Annual administration report of the Civil Veterinary Department of India - 1894-1895
Year: 1894
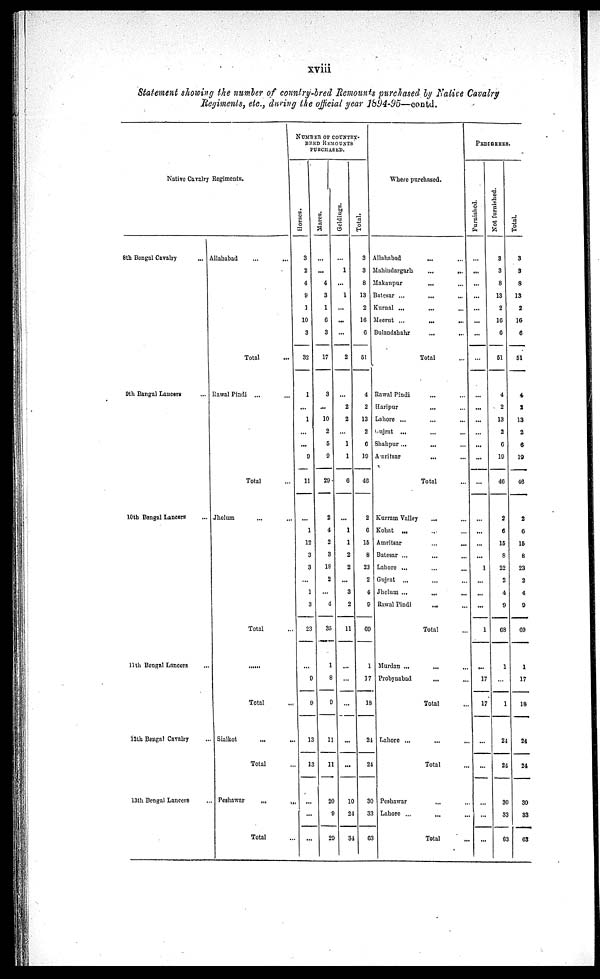
xviii
Statement showing the number of country-bred Remounts purchased by Native Cavalry
Regiments, etc., during the official year 1894-95—contd.
Native Cavalry Regiments.
8th Bengal Cavalry ...
9th Bangal Lancers ...
10th Bengal Lancers ...
11th Bengal Lancers ...
12th Bengal Cavalry ...
13th Bengal Lancers ...
Allahabad ... ...
Total ...
Rawal Pindi ... ...
Total ...
Jhelum ... ...
Total ...
......
Total ...
Sialkot ... ...
Total ...
Peshawar
...
...
Total ...
NUMBER OF COUNTRY¬
BRED REMOUNTS
PURCHASED.
Hor s es .
3
2
4
9
1
10
3
32
1
...
1
...
...
9
11
...
1
12
3
3
...
1
3
23
...
9
9
13
13
...
...
...
Mar es .
...
...
4
3
1
6
3
17
3
...
10
2
5
9
29
2
4
2
3
18
2
...
4
35
1
8
9
11
11
20
9
29
Gel di ngs .
...
1
...
1
...
...
...
2
...
2
2
...
1
1
6
...
1
1
2
2
...
3
2
11
...
...
...
...
...
10
24
34
Total.
3
3
8
13
2
16
6
51
4
2
13
2
6
19
46
2
6
15
8
23
2
4
9
69
1
17
18
24
24
30
33
63
Where purchased.
Allahabad
Mahindargarh
Makanpur
Batesar ...
Kurnal ...
Meerut ...
Bulandshahr
Rawal Pindi
Haripur
Lahore ...
Gujrat ...
Shahpur ...
Amritsar
Kurram Valley
Kohat ...
Amritsar
Batesar ...
Lahore ...
Gujrat ...
Jhelum ...
Rawal Pindi
Murdan ...
Probynabad
Lahore ...
Peshawar
Lahore ...
... ...
... ...
... ...
... ...
... ...
... ...
... ...
Total ...
... ...
... ...
... ...
... ...
... ...
... ...
Total ...
... ...
... ...
... ...
... ...
... ...
... ...
... ...
... ...
Total ...
... ...
... ...
Total ...
... ...
Total ...
... ...
... ...
Total ...
PEDIGREES.
Furnished.
...
...
...
...
...
...
...
...
...
...
...
...
...
...
...
...
...
...
...
1
...
...
...
1
...
17
17
...
...
...
...
...
Not furnished.
3
3
8
13
2
16
6
51
4
2
13
2
6
19
46
2
6
15
8
22
2
4
9
68
1
...
1
24
24
30
33
63
Tot al .
3
3
8
13
2
16
6
51
4
2
13
2
6
19
46
2
6
15
8
23
2
4
9
69
1
17
18
24
24
30
33
63